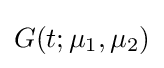
G(t;\mu _{1},\mu _{2})